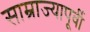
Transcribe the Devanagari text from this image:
साम्राज्यापूर्वी